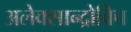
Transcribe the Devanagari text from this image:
अलेक्सान्द्रोविच